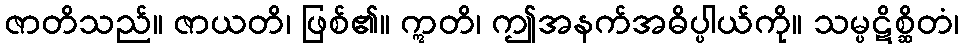
ဇာတိသည်။ ဇာယတိ၊ ဖြစ်၏။ ဣတိ၊ ဤအနက်အဓိပ္ပါယ်ကို။ သမ္ပဋိစ္ဆိတံ၊